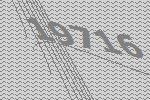
19716